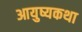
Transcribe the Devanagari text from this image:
आयुष्यकथा